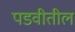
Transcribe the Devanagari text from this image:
पडवीतील